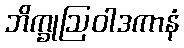
ဘိက္ခုဩဝါဒကာနံ